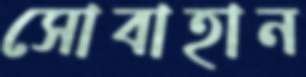
সোবাহান